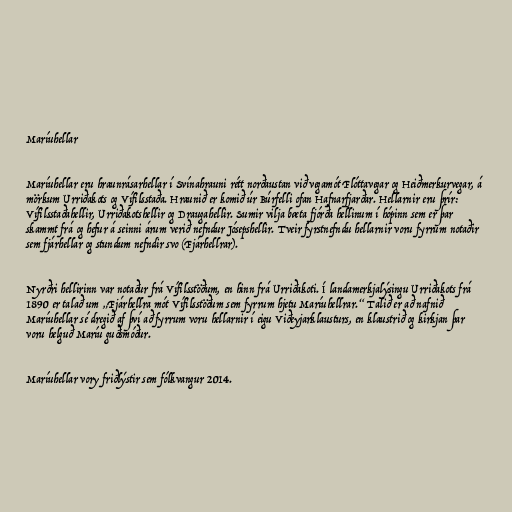
Maríuhellar

Maríuhellar eru hraunrásarhellar í Svínahrauni rétt norðaustan við vegamót Flóttavegar og Heiðmerkurvegar, á
mörkum Urriðakots og Vífilsstaða. Hraunið er komið úr Búrfelli ofan Hafnarfjarðar. Hellarnir eru þrír:
Vífilsstaðahellir, Urriðakotshellir og Draugahellir. Sumir vilja bæta fjórða hellinum í hópinn sem er þar
skammt frá og hefur á seinni árum verið nefndur Jósepshellir. Tveir fyrstnefndu hellarnir voru fyrrum notaðir
sem fjárhellar og stundum nefndir svo (Fjárhellrar).

Nyrðri hellirinn var notaður frá Vífilsstöðum, en hinn frá Urriðakoti. Í landamerkjalýsingu Urriðakots frá
1890 er talað um „Fjárhellra mót Vífilsstöðum sem fyrrum hjetu Maríuhellrar.“ Talið er að nafnið
Maríuhellar sé dregið af því að fyrrum voru hellarnir í eigu Viðeyjarklausturs, en klaustrið og kirkjan þar
voru helguð Maríu guðsmóður.

Maríuhellar vory friðlýstir sem fólkvangur 2014.